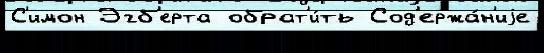
С'имон Эгб'ерта обрат'и́ть Сод'ержа́н'иjе